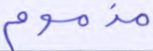
مذموم